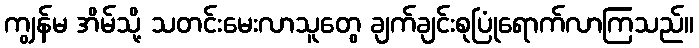
ကျွန်မ အိမ်သို့ သတင်းမေးလာသူတွေ ချက်ချင်းစုပြုံရောက်လာကြသည်။